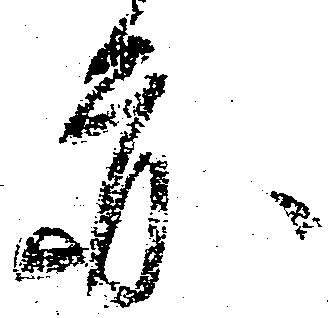
亦